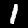
Label: 1